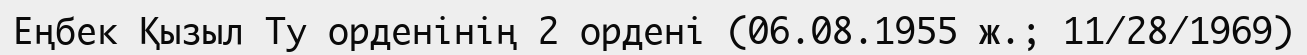
Еңбек Қызыл Ту орденінің 2 ордені (06.08.1955 ж.; 11/28/1969)